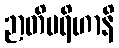
ဉာတိပရိဟာနိ